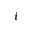
i